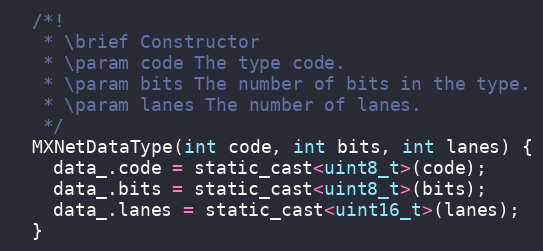
Language: C
  /*!
   * \brief Constructor
   * \param code The type code.
   * \param bits The number of bits in the type.
   * \param lanes The number of lanes.
   */
  MXNetDataType(int code, int bits, int lanes) {
    data_.code = static_cast<uint8_t>(code);
    data_.bits = static_cast<uint8_t>(bits);
    data_.lanes = static_cast<uint16_t>(lanes);
  }